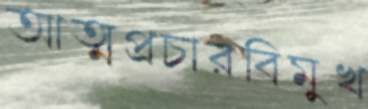
আত্মপ্রচারবিমুখ